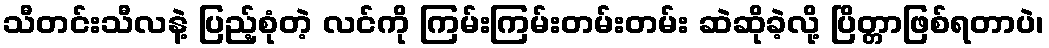
သီတင်းသီလနဲ့ ပြည့်စုံတဲ့ လင်ကို ကြမ်းကြမ်းတမ်းတမ်း ဆဲဆိုခဲ့လို့ ပြိတ္တာဖြစ်ရတာပဲ၊